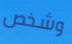
وشخص